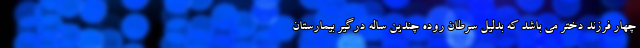
چهار فرزند دختر می باشد که بدلیل سرطان روده چندین ساله درگیر بیمارستان